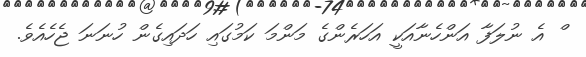
ް އެ ނުލަފާ އަންހެނާއަކީ އަހަރެންގެ މަންމަ ކަމުގައި ހަދައިގެން ހުނަނަ ޖެހެއެވެ.